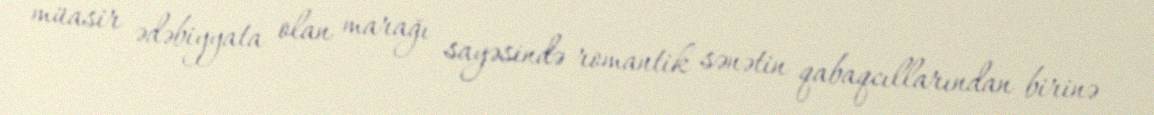
müasir ədəbiyyata olan marağı sayəsində romantik sənətin qabaqcıllarından birinə